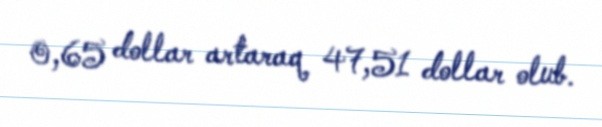
0,65 dollar artaraq 47,51 dollar olub.